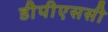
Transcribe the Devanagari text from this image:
डीपीएससी